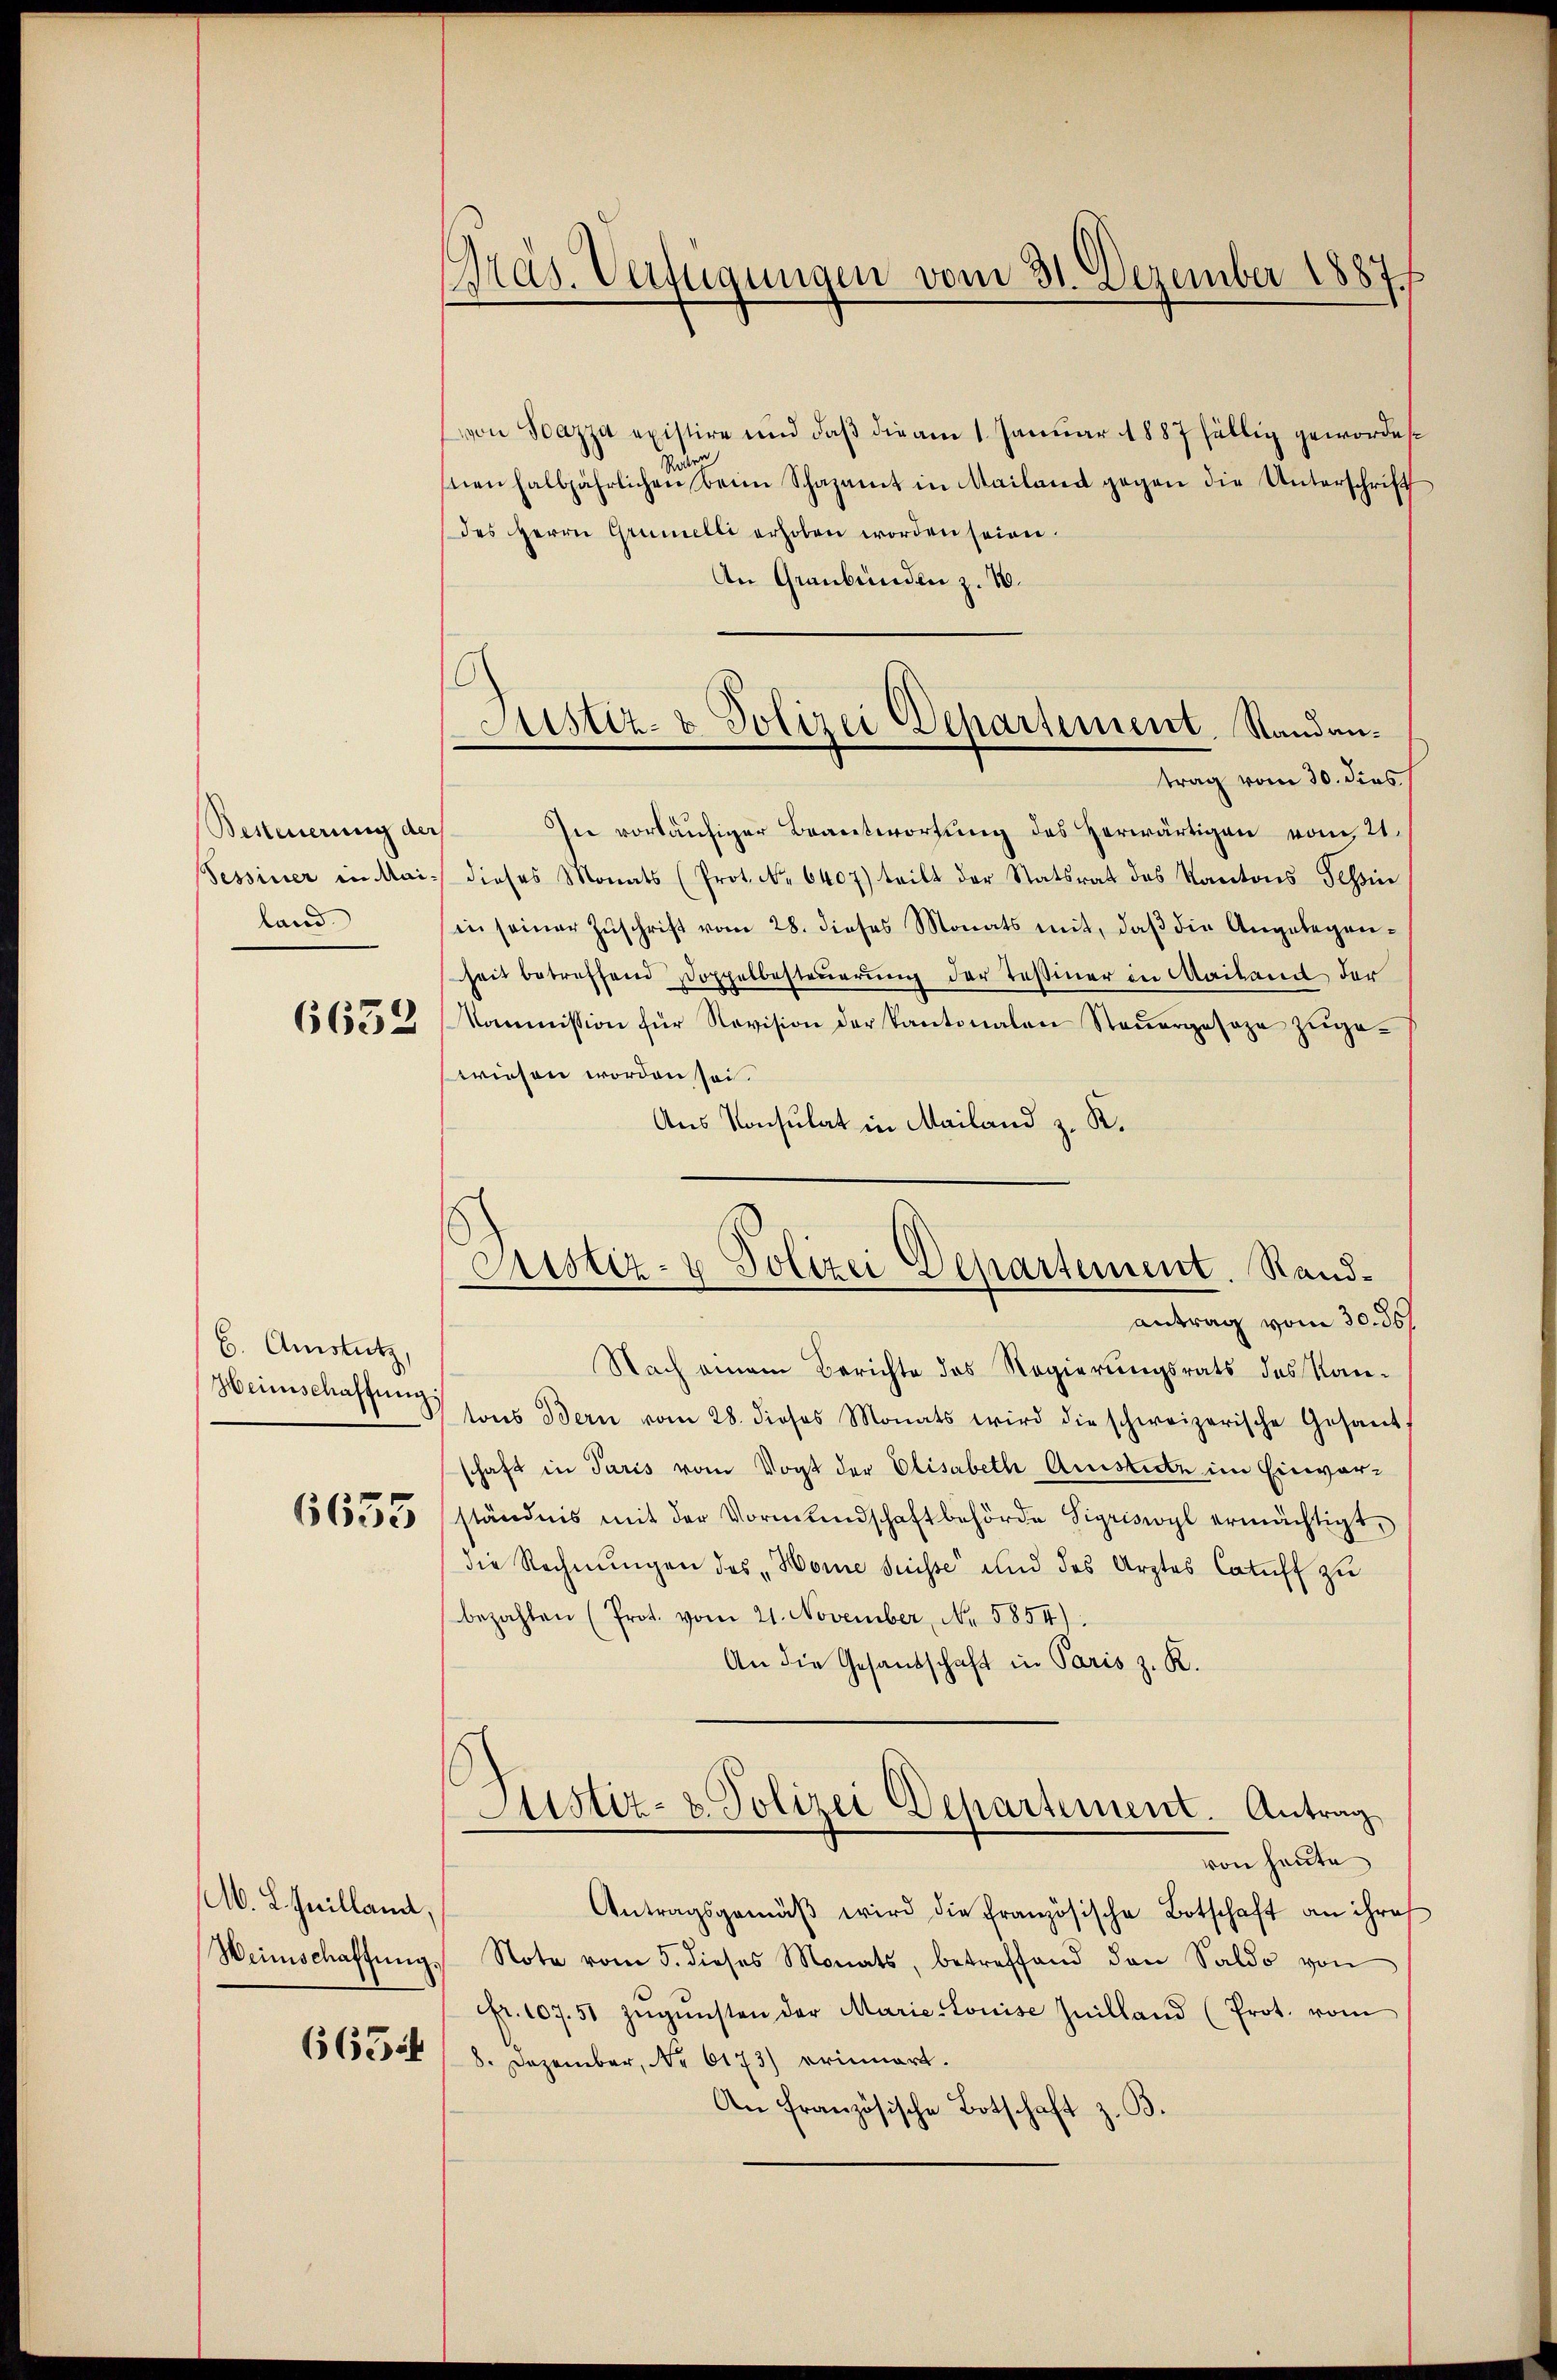
Besteuerung der
land

6632

b. Amstutz,
Weinschaftung

6635

M. L. Juilland,
665

Präs. Verfügungen vom 31. Dezember 1887

von Soazza existire und daß die am 1. Januar 1887 fällig gewordessden
nen halbjährlichen beim Schazamt in Mailand gegen die Unterschrift
des Herrn Grumelli erhoben worden seien.
An Graubünden z. 10.
In vorläufiger Beantwortung des herwärtigen vom 21.
Sessiner in Mai dieses Monats (Prot. N. 6407) teilt der Statsrat des Kantons Tessin
in seiner Zŭschrift vom 28. dieses Monats mit, daβ die Angelegen-
heit betreffend Doppelbesteuerung der Teßiner in Mailand der
Kommission für Revision der Kantonalen Steŭergesage zŭge-
wiesen worden sei.
Aus Konsulat in Mailand z. K.
antrag vom 30. 367
Nach einem Berichte des Regierungsrats des Kan-
tons Bern vom 28. dieses Monats wird die schweizerische Gesandschaft in Paris vom Vogt der Elisabeth Aristirte im Einverständnis mit der Vormundschaft behörde Sigriswyl ermächtigt,
die Rechnŭngen des „Horne suisse und das Arztes Catuff zu
bezahlen (Prot. vom 21. November, No. 5854).
An die Gesandschaft in Paris z. K.
Justiz- & Polizei Departement. Antrag
von heute
Antragsgemäβ wird die französische Botschaft an ihres
Weinschaffŭng Note vom 5. dieses Monats, betreffend den Saldo von
fr. 107. 51 zŭgŭnsten der Marie Louise Inilland (Prot. vom
8. Dezember, No 6173) erinnert.
An Französische Botschaft z. B.

Justiz- & Polizei Departement. Standantrag vom 30. dies

Fristiz- & Polizei Departement. Rand¬